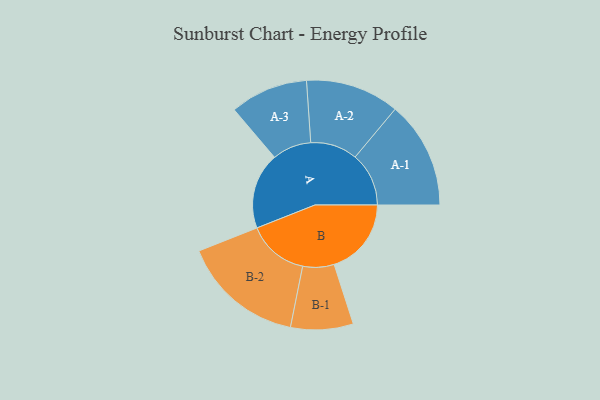
{"axis": {"x": "Segment", "y": "Value"}, "legend": ["", "A", "B"], "data": [{"x": "A", "y": 317, "type": ""}, {"x": "B", "y": 321, "type": ""}, {"x": "A-1", "y": 223, "type": "A"}, {"x": "A-2", "y": 195, "type": "A"}, {"x": "A-3", "y": 162, "type": "A"}, {"x": "B-1", "y": 130, "type": "B"}, {"x": "B-2", "y": 254, "type": "B"}]}